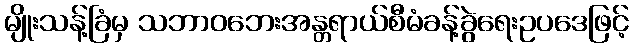
မျိုးသန့်ခြံမှ သဘာဝဘေးအန္တရာယ်စီမံခန့်ခွဲရေးဥပဒေဖြင့်